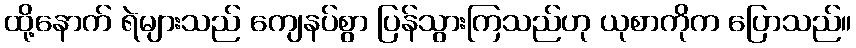
ထို့နောက် ရဲများသည် ကျေနပ်စွာ ပြန်သွားကြသည်ဟု ယုစာကိုက ပြောသည်။